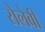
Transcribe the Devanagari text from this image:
सेलेबी